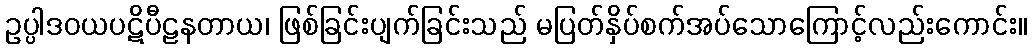
ဥပ္ပါဒဝယပဋိပီဠနတာယ၊ ဖြစ်ခြင်းပျက်ခြင်းသည် မပြတ်နှိပ်စက်အပ်သောကြောင့်လည်းကောင်း။